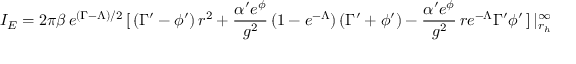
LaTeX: I _ { E } = 2 \pi \beta \, e ^ { ( \Gamma - \Lambda ) / 2 } \, [ \, ( \Gamma ^ { \prime } - \phi ^ { \prime } ) \, r ^ { 2 } + \frac { \alpha ^ { \prime } e ^ { \phi } } { g ^ { 2 } } \, ( 1 - e ^ { - \Lambda } ) \, ( \Gamma ^ { \prime } + \phi ^ { \prime } ) - \frac { \alpha ^ { \prime } e ^ { \phi } } { g ^ { 2 } } \, r e ^ { - \Lambda } \Gamma ^ { \prime } \phi ^ { \prime } \, ] \, | _ { r _ { h } } ^ { \infty }